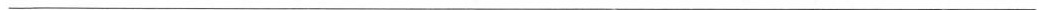
___